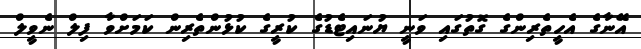
އޭނާގެ އެހީތެރިންގެ ގޮތުގައި ވަނީ ޔުނައިޓެޑުގެ ކުރީގެ ކުޅުންތެރިން ކަމަށްވާ ފިލް ނެވީލް